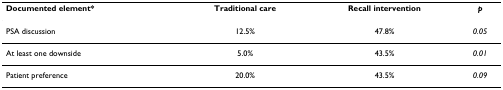
| Documented element* | Traditional care | Recall intervention | p |
 | --- | --- | --- | --- |
 | PSA discussion | 12.5% | 47.8% | 0.05 |
 | At least one downside | 5.0% | 43.5% | 0.01 |
 | Patient preference | 20.0% | 43.5% | 0.09 |